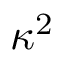
\kappa ^ { 2 }